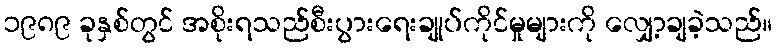
၁၉၈၉ ခုနှစ်တွင် အစိုးရသည်စီးပွားရေးချုပ်ကိုင်မှုများကို လျှော့ချခဲ့သည်။